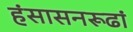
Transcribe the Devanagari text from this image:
हंसासनरूढां